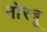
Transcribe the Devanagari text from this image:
नोरबू